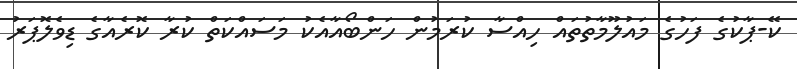
ކޭ-ޕާކުގެ ފަހުގެ މައުލޫމާތުތައް ހިއްސާ ކުރަމުން ހަންބޯއާއެކު މަސައްކަތް ކުރާ ކޮރެއާގެ ޑިވެލޮޕަރު